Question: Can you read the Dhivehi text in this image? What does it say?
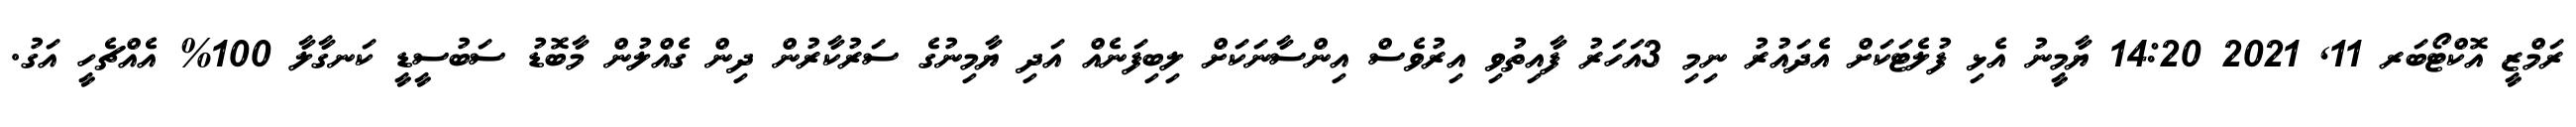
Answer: ރަމްޒީ އޮކްޓޯބަރ 11, 2021 14:20 ޔާމީނު އެޅި ފުލެޓަކަށް އެދައުރު ނިމި 3އަހަރު ފާއިތުވި އިރުވެސް އިންސާނަކަށް ލިބިފަނެއް އަދި ޔާމިނުގެ ސަރުކާރުން ދިން ގެއްލުން މާބޮޑު ސަބުސީޑީ ކަނގާލާ 100% އެއްޗެހީ އަގު.